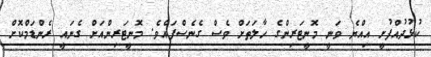
ކުޅުދުއްފުށީ އިއްޔެ ވަނީ މޮނީޓަރިންގެ ހާލަތަަށް ވެސް ގެނެސްފައެވެ. މޮނީޓަރިންއަށް ގެނައީ ރެންޑަމްކޮށް